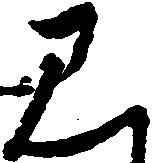
み